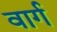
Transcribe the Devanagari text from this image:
वार्ग